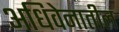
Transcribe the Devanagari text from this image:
अधिवेनातील